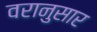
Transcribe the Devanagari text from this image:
वरानुसार